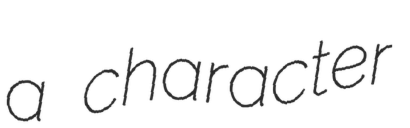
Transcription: a character